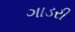
ગાડરી